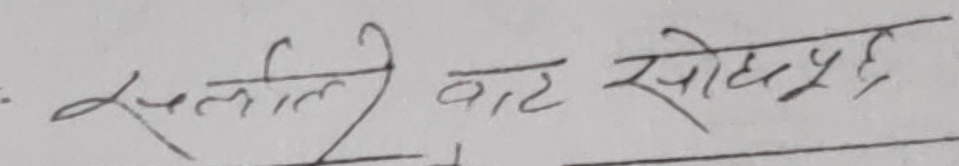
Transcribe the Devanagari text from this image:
सलीले वाट सोध्यो